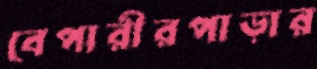
বেপারীরপাড়ার